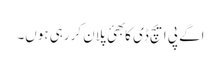
اگے پی ایچ ڈی کا بھئ پلان کررہی ہوں۔